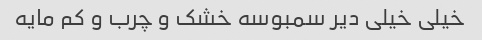
خیلی خیلی دیر سمبوسه خشک و چرب و کم مایه